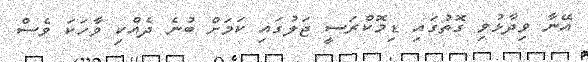
އޭނާ ވިދާޅުވި ގޮތުގައި ޑިމޮކްރަސީ ޖަލުގައި ކަމަށް ބުނެ ދެއްކި ވާހަކަ ވެސް